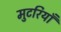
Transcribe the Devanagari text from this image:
मुटरियाँ